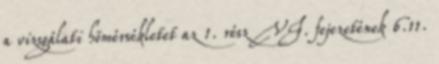
a vizsgálati hõmérsékletet az 1. rész VI. fejezetének 6.11.